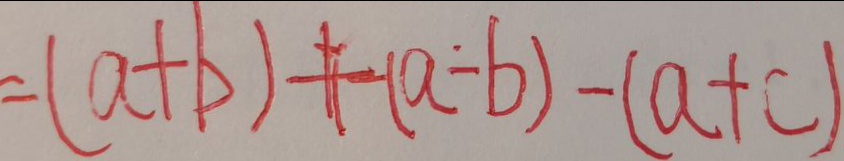
= ( a + b ) + ( a - b ) - ( a + c )